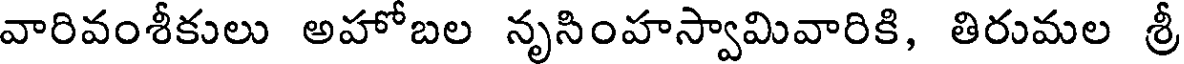
వారివంశీకులు అహోబల నృనింహస్వామివారికి, తిరుమల శ్రీ